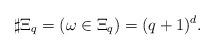
LaTeX: \begin{align*}\sharp \Xi_q=(\omega \in \Xi_q) =(q+1)^d. \end{align*}